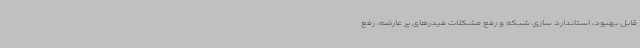
قابل بهبود، استاندارد سازی شبکه و رفع مشکلات فیدرهای پر عارضه، رفع